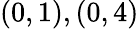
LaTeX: (0,1),(0,4)